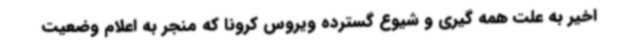
اخیر به علت همه گیری و شیوع گسترده ویروس کرونا که منجر به اعلام وضعیت